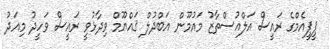
ޕީޕީއެމްގެ ރައީސް އަލްއުސްތާޒު މައުމޫން އަބްދުލް ޤައްޔޫމް ވިދާޅުވީ ރައީސް ވަހީދު މިއަދު